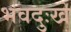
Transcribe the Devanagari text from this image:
भवदुःखे